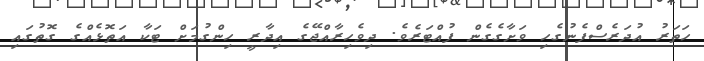
ހަތަރު އުދަރެސްފެނުގެހި ވަށާގެގެން ފުއްޓަރެވެ. ދިވެހިރާއްޖޭގެ އިދާރީ ހިންގުމަށް ޓަކާ އަތޮޅެއްގެ ގޮތުގައި